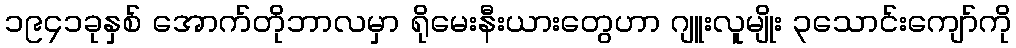
၁၉၄၁ခုနှစ် အောက်တိုဘာလမှာ ရိုမေးနီးယားတွေဟာ ဂျူးလူမျိုး ၃သောင်းကျော်ကို